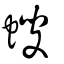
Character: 螋